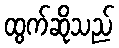
ထွက်ဆိုသည်